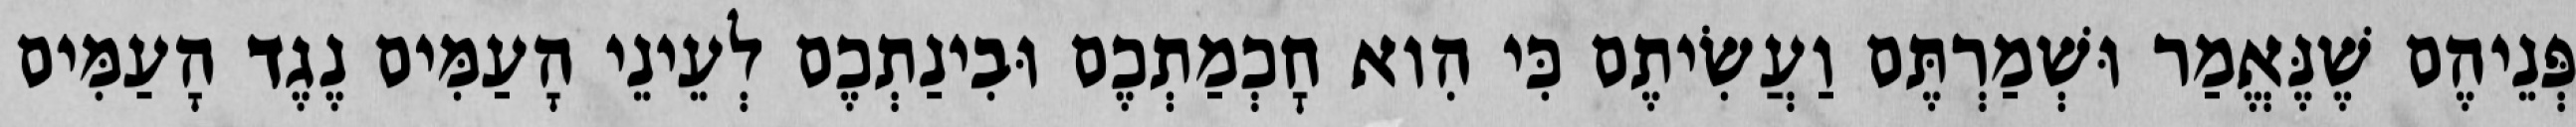
פְּנֵיהֶם שֶׁנֶּאֱמַר וּשְׁמַרְתֶּם וַעֲשִׂיתֶם כִּי הִוא חׇכְמַתְכֶם וּבִינַתְכֶם לְעֵינֵי הָעַמִּים נֶגֶד הָעַמִּים